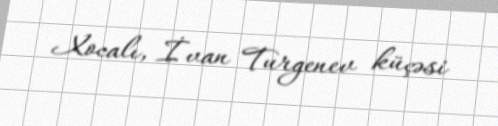
Xocalı, İvan Turgenev küçəsi